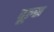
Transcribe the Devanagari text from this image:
दूल्स